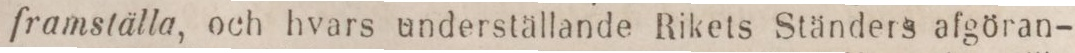
framställa, och hvars underställande Rikets Ständers afgöran-